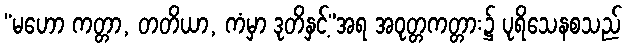
“မဟော ကတ္တာ, တတိယာ, ကံမှာ ဒုတိနှင့်”အရ အဝုတ္တကတ္တား၌ ပုရိသေနစသည်